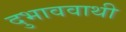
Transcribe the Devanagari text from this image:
दुभाववाथी